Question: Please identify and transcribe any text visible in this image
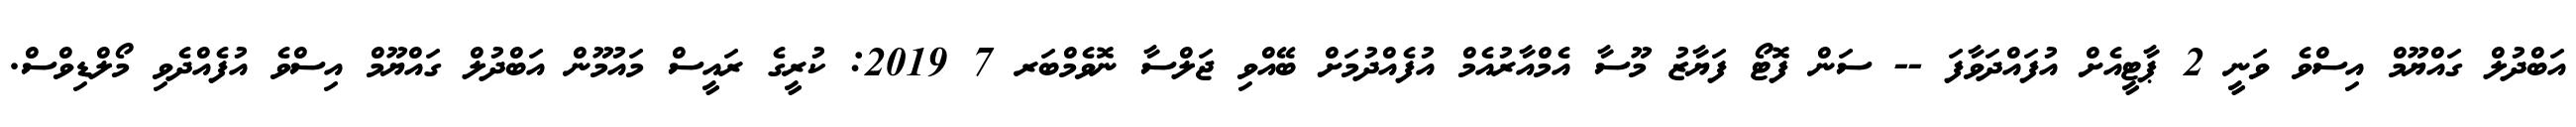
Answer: އަބްދުލް ގައްޔޫމް އިސްވެ ވަނީ 2 ޕާޓީއެށް އުފައްދަވާފަ -- ސަން ފޮޓޯ ފަޔާޒު މޫސާ އެމްއާރުއެމް އުފެއްދުމަށް ބޭއްވި ޖަލްސާ ނޮވެމްބަރ 7 2019: ކުރީގެ ރައީސް މައުމޫން އަބްދުލް ގައްޔޫމް އިސްވެ އުފެއްދެވި މޯލްޑިވްސް.